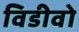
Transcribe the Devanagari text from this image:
विडीवो